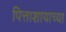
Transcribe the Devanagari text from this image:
पित्ताशायाच्या